Scottish Leaving Certificate Examination, 1954
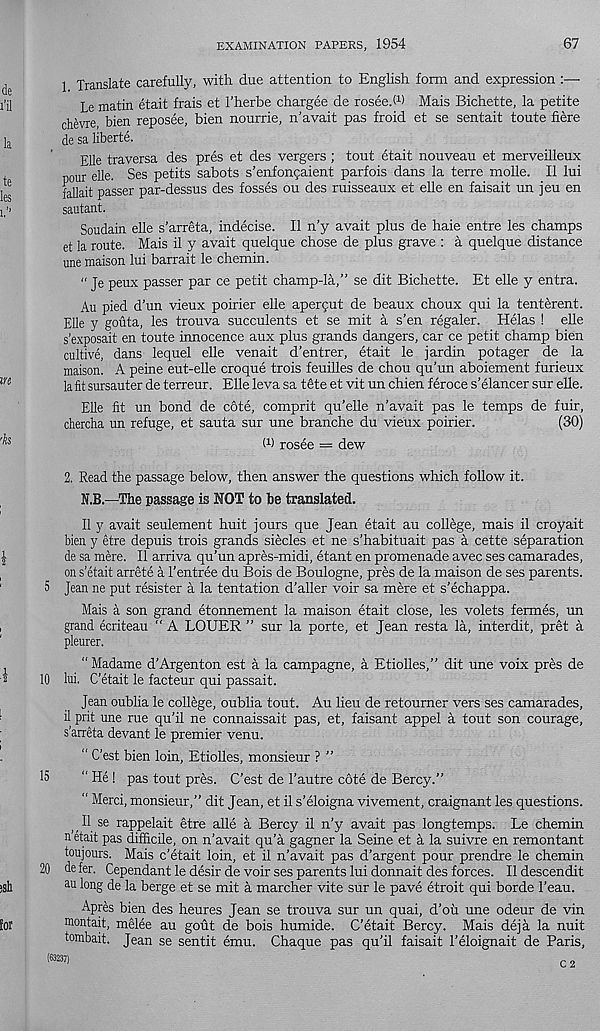
EXAMINATION PAPERS, 1954
67
1 Translate carefully, with due attention to English form and expression :—•
Le matin etait frais et 1’herbe chargee de rosee.M Mais Bichette, la petite
chevre, bien reposee, bien nourrie, n’avait pas froid et se sentait toute here
de sa liberte.
Elle traversa des pres et des vergers ; tout etait nouveau et merveilleux
pour elle. Ses petits sabots s’enfon^aient parfois dans la terre molle. II lui
fallait passer par-dessus des fosses ou des ruisseaux et elle en faisait un jeu en
sautant.
Soudain elle s’arreta, indecise. II n’y avait plus de haie entre les champs
et la route. Mais il y avait quelque chose de plus grave : a quelque distance
une maison lui barrait le chemin.
" Je peux passer par ce petit champ-la,” se dit Bichette. Et elle y entra.
Au pied d'un vieux pokier elle apenput de beaux choux qui la tenterent.
Elle y gouta, les trouva succulents et se mit a s'en regaler. Helas ! elle
s’exposait en toute innocence aux plus grands dangers, car ce petit champ bien
cultive, dans lequel elle venait d’entrer, etait le jardin potager de la
maison. A peine eut-elle croque trois feuilles de chou qu’un aboiement furieux
la fit sursauter de terreur. Elle leva sa tfite et vit un chien f eroce s’elancer sur elle.
Elle fit un bond de c6te, comprit qu’elle n'avait pas le temps de fuir,
chercha un refuge, et sauta sur une branche du vieux pokier.
(30)
O) rosee = dew
2. Read the passage below, then answer the questions which follow it.
N.B.—The passage is NOT to be translated.
II y avait seulement huit jours que Jean etait au college, mais il croyait
bien y etre depuis trois grands siecles et ne s’habituait pas a cette separation
de sa mere. Il arriva qu’un apres-midi, etant en promenade avec ses camarades,
on s’etait arrete a 1’entree du Bois de Boulogne, pres de la maison de ses parents.
5 Jean ne put resister a la tentation d’aller voir sa mere et s’echappa.
Mais a son grand etonnement la maison etait close, les volets fermes, un
grand ecriteau " A LOUER ” sur la porte, et Jean resta la, interdit, pret a
pleurer.
“ Madame d’Argenton est a la campagne, a Etiolles,” dit une voix pres de
10 lui. C’etait le facteur qui passait.
Jean oublia le college, oublia tout. Au lieu de retoumer vers ses camarades,
il prit une rue qu’il ne connaissait pas, et, faisant appel a tout son courage,
s’arreta devant le premier venu.
“ C’est bien loin, Etiolles, monsieur ? ”
15
“ He ! pas tout pres. C’est de 1’autre cote de Bercy.”
“ Merci, monsieur,” dit Jean, et il s’eloigna vivement, craignant les questions.
,11 se rappelait etre alle a Bercy il n’y avait pas longtemps. Le chemin
n etait pas difficile, on n’avait qu’a gagner la Seine et a la suivre en remontant
toujours. Mais c’etait loin, et il n’avait pas d’argent pour prendre le chemin
20 de fer. Cependant le desk de voir ses parents lui donnait des forces. Il descendit
an long de la berge et se mit a marcher vite sur le pave etroit qui borde 1’eau.
Apres bien des heures Jean se trouva sur un quai, d’oix une odeur de vin
uiontait, melee au gout de bois humide. C’etait Bercy. Mais deja la nuit
tombait. Jean se sentit emu. Chaque pas qu’il faisait 1’eloignait de Paris,